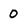
Character: 0